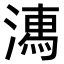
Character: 𣽉